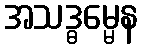
အသဒ္ဓမ္မေန